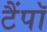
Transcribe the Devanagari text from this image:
टैंपॉ